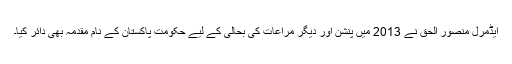
ایڈمرل منصور الحق نے 2013 میں پنشن اور دیگر مراعات کی بحالی کے لیے حکومت پاکستان کے نام مقدمہ بھی دائر کیا۔